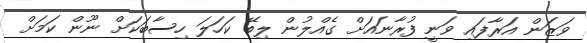
ވަޒަން އަރާފައި ވަނީ ފުރާނައަށް ގެއްލުން ލިބޭ ކަހަލަ ހިސާބަކަށް ނޫން ކަމަށް